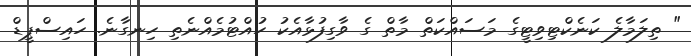
" ތިލަމާލެ ކަނެކްޓިވިޓީގެ މަސައްކަތް މާތް ގެ ވާގިފުޅާއެކު ހުއްޓުމެއްނެތި ހިނގާނެ. ހައިސްޕީޑް